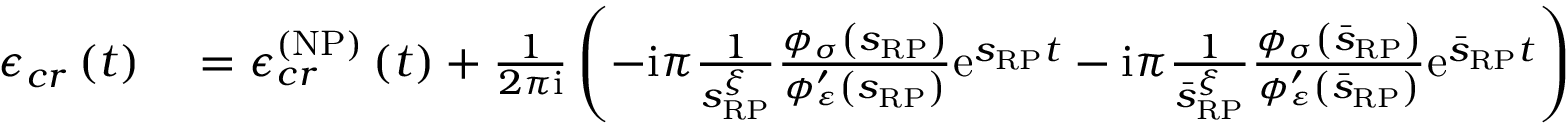
\begin{array} { r l } { \mathcal { \epsilon } _ { c r } \left( t \right) } & { { } = \mathcal { \epsilon } _ { c r } ^ { \left( \mathrm { N P } \right) } \left( t \right) + \frac { 1 } { 2 \pi \mathrm { i } } \left( - \mathrm { i } \pi \frac { 1 } { s _ { \scriptscriptstyle { \mathrm { R P } } } ^ { \xi } } \frac { \phi _ { \sigma } \left( s _ { \scriptscriptstyle { \mathrm { R P } } } \right) } { \phi _ { \varepsilon } ^ { \prime } \left( s _ { \scriptscriptstyle { \mathrm { R P } } } \right) } \mathrm { e } ^ { s _ { \scriptscriptstyle { \mathrm { R P } } } t } - \mathrm { i } \pi \frac { 1 } { \bar { s } _ { \scriptscriptstyle { \mathrm { R P } } } ^ { \xi } } \frac { \phi _ { \sigma } \left( \bar { s } _ { \scriptscriptstyle { \mathrm { R P } } } \right) } { \phi _ { \varepsilon } ^ { \prime } \left( \bar { s } _ { \scriptscriptstyle { \mathrm { R P } } } \right) } \mathrm { e } ^ { \bar { s } _ { \scriptscriptstyle { \mathrm { R P } } } t } \right) } \end{array}